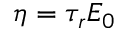
\eta = \tau _ { r } E _ { 0 }